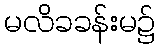
မလိခခန်းမ၌